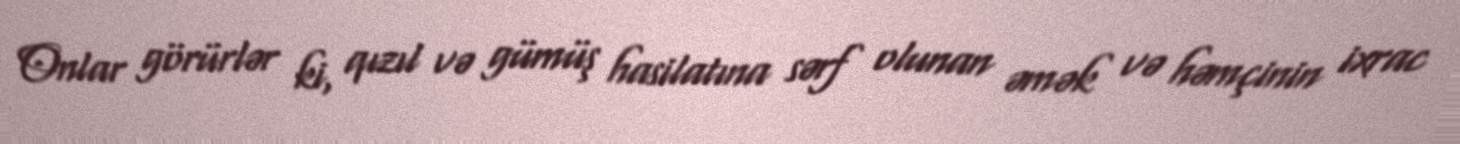
Onlar görürlər ki, qızıl və gümüş hasilatına sərf olunan əmək və həmçinin ixrac